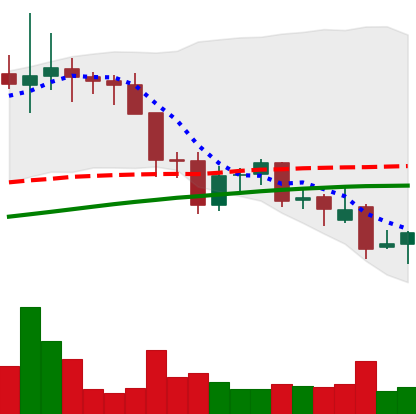
Ticker: LINK-USD
Chart end date: 2021-11-28
Forward return: -6.173%
Label: down_5_7